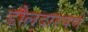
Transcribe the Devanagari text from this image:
डौलदारपणे